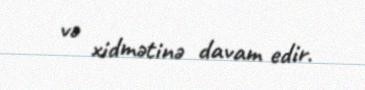
və xidmətinə davam edir.